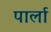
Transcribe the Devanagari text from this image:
पार्ला